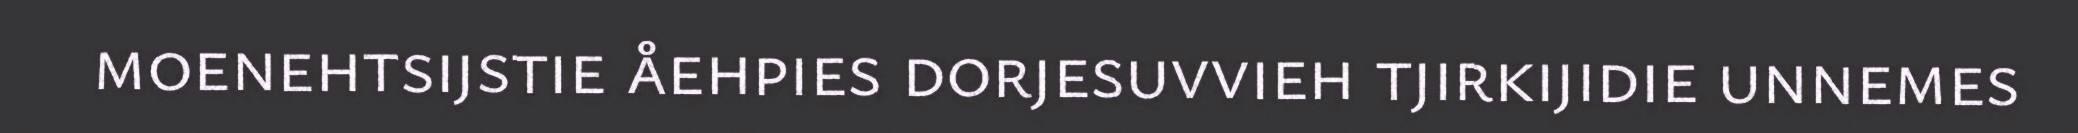
moenehtsijstie åehpies dorjesuvvieh tjirkijidie unnemes